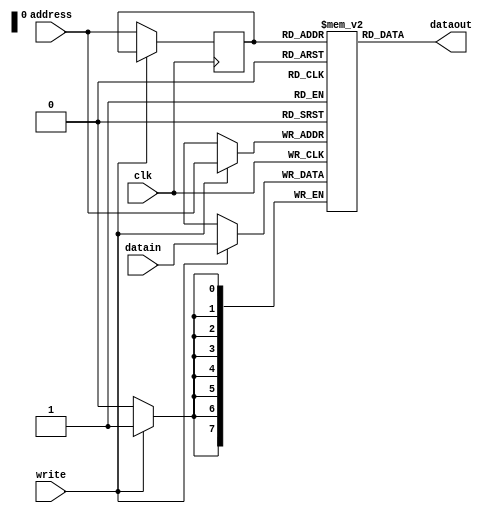
`timescale 1ns / 1ps

module Data_memory(
    input clk, // clock signal
    input write, // read/write when not writing it reads
    input [7:0] address, // 256 byte  adddress location
    input [7:0] datain, //8bit data 
    output[7:0] dataout //8 bit dataout
      );
     reg [0:7]ram[0:255] ; // 256 byte  memory
     reg [7:0] addressregister; //address register for storing
     integer i;
     initial begin
        for (i=0; i<256; i=i+1)
            ram[i] = 8'h0;
     end
     always @(negedge clk) // telling clock to work in positive edge
     begin
        if (write)  //if write == 1 then write
        ram[address]<=datain;  // get data from data in into the address register
        else // if write == 0 then read
        addressregister <= address; // assign value to an addreess register not doing that is giving an error
     end 
     assign dataout = ram[addressregister];    //data value is finally assigned
endmodule